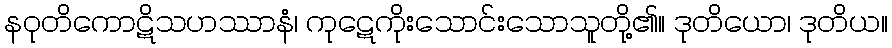
နဝုတိကောဋိသဟဿာနံ၊ ကုဋေကိုးသောင်းသောသူတို့၏။ ဒုတိယော၊ ဒုတိယ။